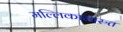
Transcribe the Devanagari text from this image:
मल्लिकामारुत